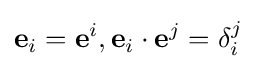
\mathbf {e} _{i}=\mathbf {e} ^{i},\mathbf {e} _{i}\cdot \mathbf {e} ^{j}=\delta _{i}^{j}